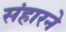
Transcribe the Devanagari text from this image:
संहारने